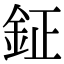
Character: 鉦